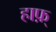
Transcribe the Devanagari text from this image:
हाफ़्